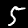
Digit: 5